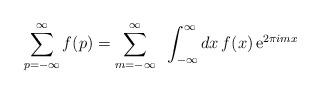
LaTeX: \begin{align*}\sum_{p=-\infty}^\infty f(p) = \sum_{m=-\infty}^\infty \;\; \int_{-\infty}^\infty dx \, f(x) \, \mbox{e}^{2 \pi imx}\end{align*}